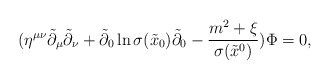
\begin{align*} (\eta^{\mu\nu}\tilde{\partial}_\mu\tilde{\partial}_\nu+\tilde{\partial}_0\ln\sigma(\tilde{x}_0)\tilde{\partial}_0-\frac{m^2+\xi}{\sigma(\tilde{x}^0)})\Phi=0,\end{align*}